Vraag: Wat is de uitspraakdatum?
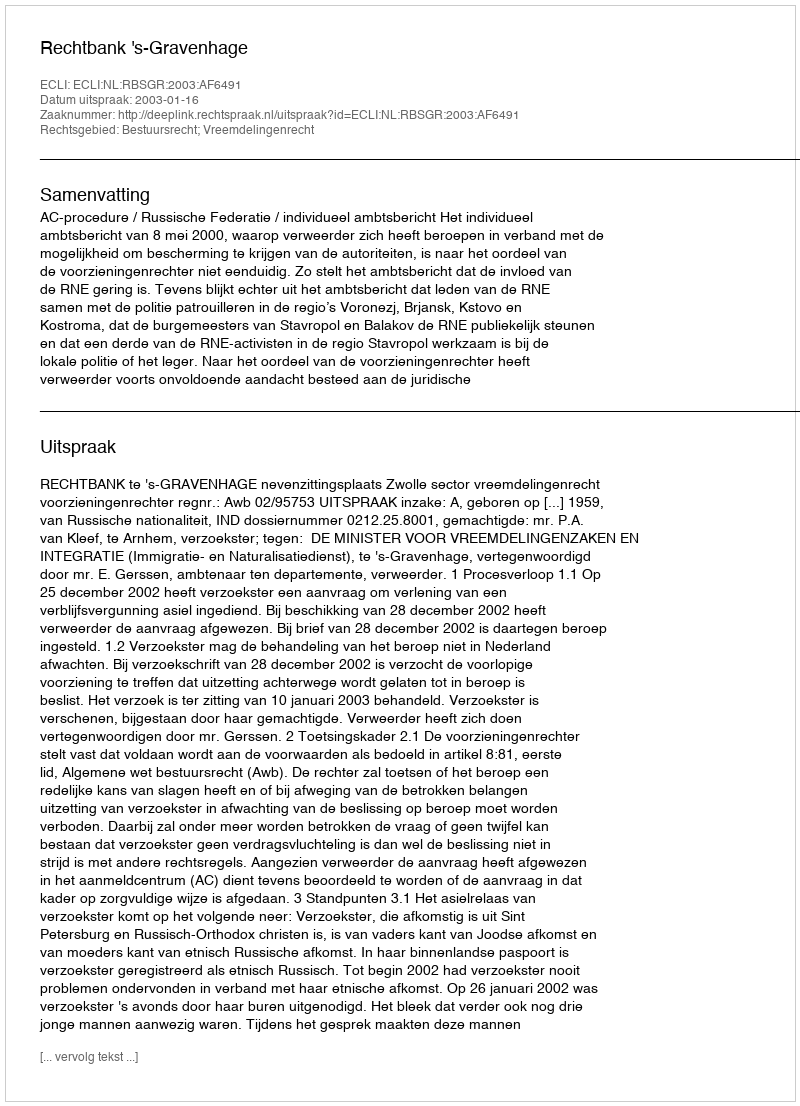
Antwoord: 2003-01-16